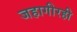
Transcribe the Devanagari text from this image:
जहागीरही